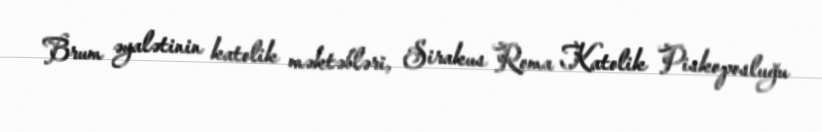
Brum əyalətinin katolik məktəbləri, Sirakus Roma Katolik Piskoposluğu